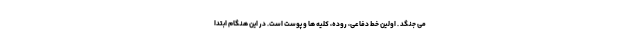
می جنگد . اولین خط دفاعی، روده، کلیه ها و پوست است. در این هنگام ابتدا